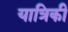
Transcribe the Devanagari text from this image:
यात्रिकी